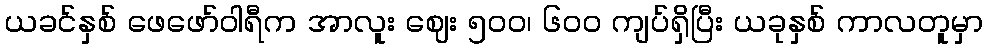
ယခင်နှစ် ဖေဖော်ဝါရီက အာလူး ဈေး ၅၀၀၊ ၆၀၀ ကျပ်ရှိပြီး ယခုနှစ် ကာလတူမှာ